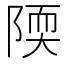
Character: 陾